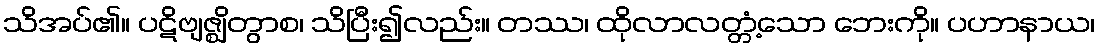
သိအပ်၏။ ပဋိဗျဇ္ဈိတွာစ၊ သိပြီး၍လည်း။ တဿ၊ ထိုလာလတ္တံ့သော ဘေးကို။ ပဟာနာယ၊